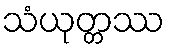
သံယုတ္တဿ